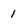
Character: 1